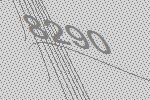
8290